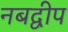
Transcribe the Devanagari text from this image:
नबद्वीप